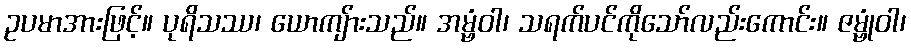
ဥပမာအားဖြင့်။ ပုရိသဿ၊ ယောကျ်ားသည်။ အမ္ဗံဝါ၊ သရက်ပင်ကိုသော်လည်းကောင်း။ ဇမ္ဗုံဝါ၊